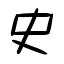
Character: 史